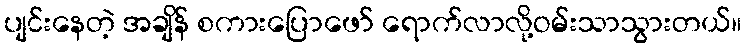
ပျင်းနေတဲ့ အချိန် စကားပြောဖော် ရောက်လာလို့ဝမ်းသာသွားတယ်။